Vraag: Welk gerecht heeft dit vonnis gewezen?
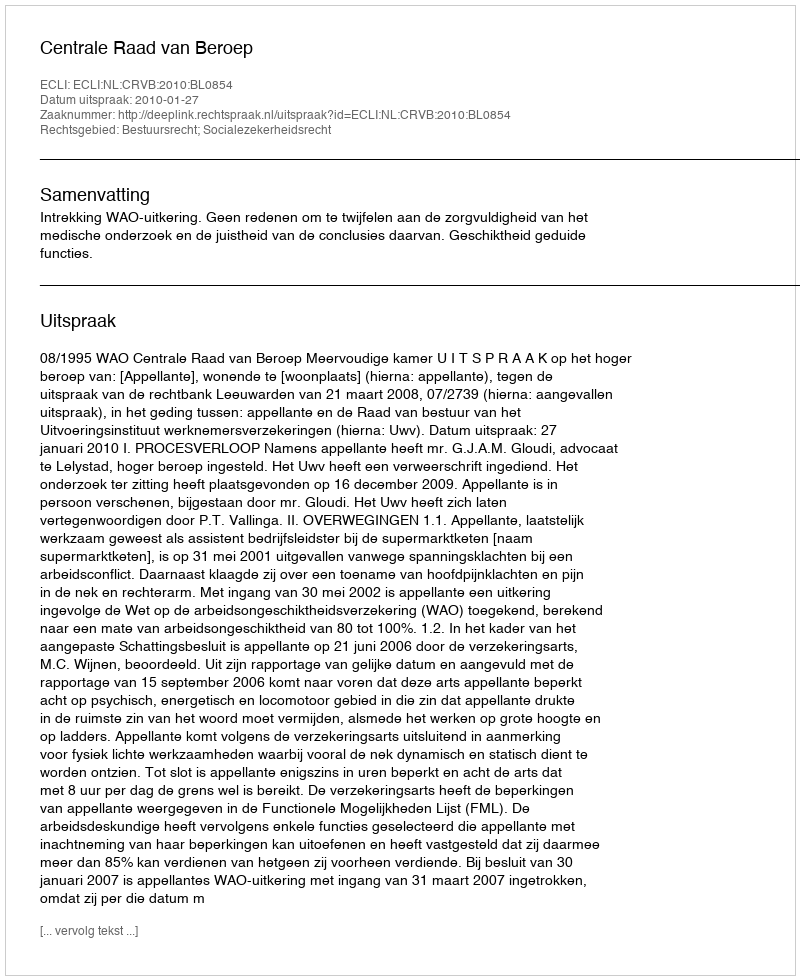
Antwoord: Centrale Raad van Beroep